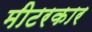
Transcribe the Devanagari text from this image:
मीटरकार